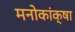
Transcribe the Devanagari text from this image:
मनोकांक्षा